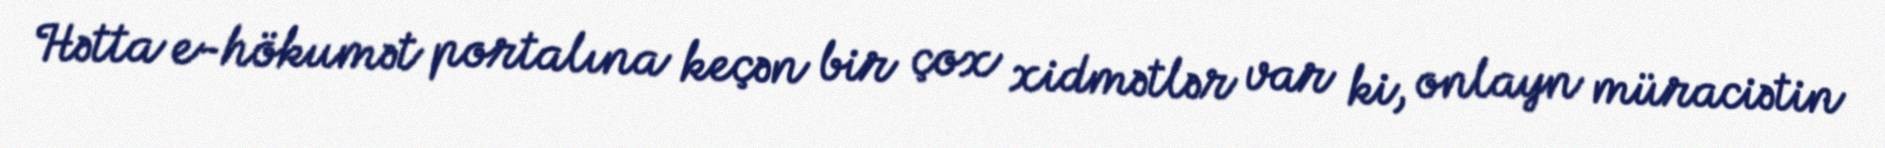
Hətta e-hökumət portalına keçən bir çox xidmətlər var ki, onlayn müraciətin